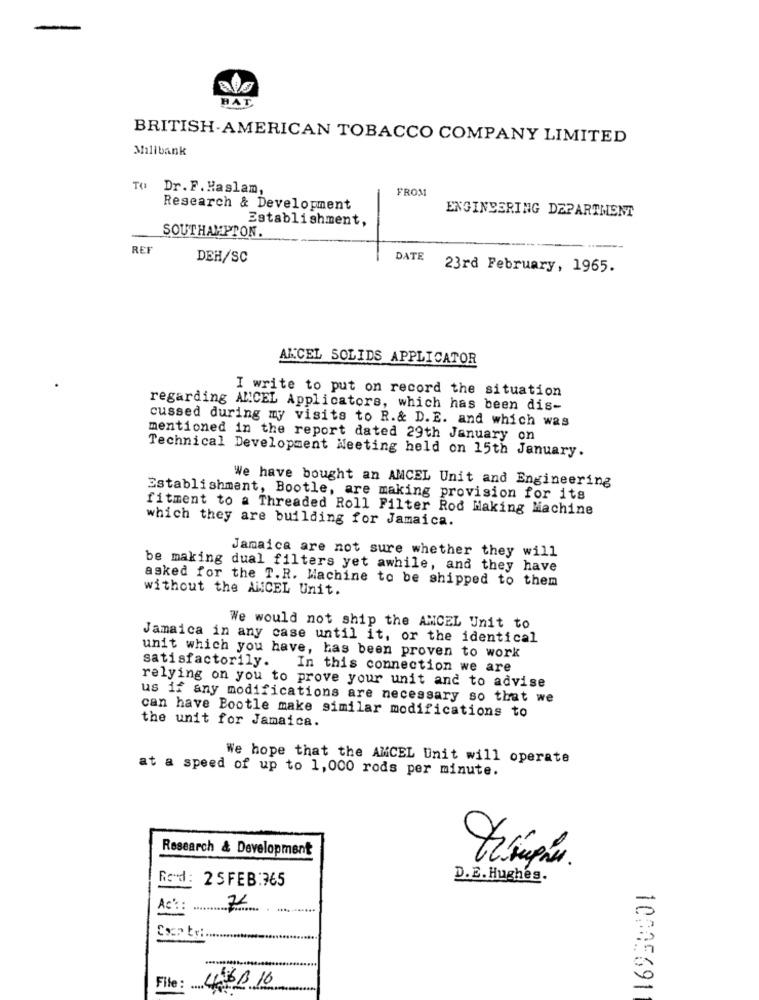
HAT
BRITISH-AMERICAN TOBACCO COMPANY LIMITED
Millbank
TO Dr. F. Haslam,
FROM
Research & Development
ENGINEERING DEPARTMENT
Establishment,
SOUTHAMPTON.
REF
DEH/SC
DATE
23rd February, 1965.
AKCEL SOLIDS APPLICATOR
I write to put on record the situation
regarding ANCEL Applicators, which has been dis-
cussed during my visits to R.& D.E. and which was
mentioned in the report dated 29th January on
Technical Development Meeting held on 15th January.
We have bought an AMCEL Unit and Engineering
Establishment, Bootle, are making provision for its
fitment to a Threaded Roll Filter Rod Making Machine
which they are building for Jamaica.
Jamaica are not sure whether they will
be making dual filters yet awhile, and they have
asked for the T.R. Machine to be shipped to them
without the ANCEL Unit.
We would not ship the ANCEL Unit to
Jamaica in any case until it, or the identical
unit which you have, has been proven to work
satisfactorily.
In this connection we are
relying on you to prove your unit and to advise
us if any modifications are necessary so that we
can have Bootle make similar modifications to
the unit for Jamaica.
We hope that the AMCEL Unit will operate
at a speed of up to 1,000 rods per minute.
Research & Development
Ford: 25FEB:765
D.E. Hughes.
22
Ac:
Coop ty:
..........
46B 16
File:
10005691